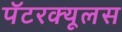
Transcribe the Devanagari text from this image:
पॅटरक्यूलस